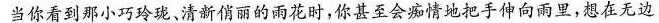
当你看到那小巧玲珑。清新俏丽的雨花时，你甚至会痴情地把手伸向雨里，想在无边